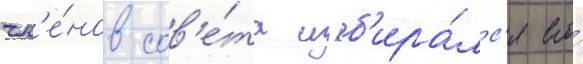
чл'е́нов сов'е́та изб'ира́лс'я его́